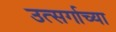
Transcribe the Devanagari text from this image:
उत्सर्गाच्या